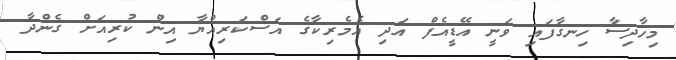
މިހާދިސާ ހިނގާފައި ވަނީ އޭޑީއެފް އަދި އެމެރިކާގެ އަސްކަރިއްޔާ އިން ކުރިއަށް ގެންދާ